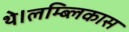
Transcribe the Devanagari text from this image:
थे।लम्ब्लिकास